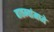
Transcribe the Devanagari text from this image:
बातम्यांमध्ये